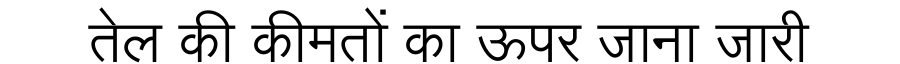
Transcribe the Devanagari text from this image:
तेल की कीमतों का ऊपर जाना जारी